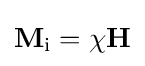
\mathbf {M} _{\text{i}}=\chi \mathbf {H}